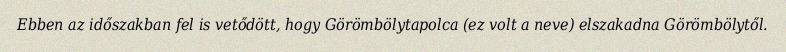
Ebben az időszakban fel is vetődött, hogy Görömbölytapolca (ez volt a neve) elszakadna Görömbölytől.